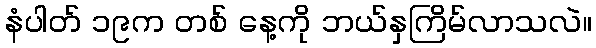
နံပါတ် ၁၉က တစ် နေ့ကို ဘယ်နှကြိမ်လာသလဲ။